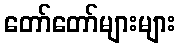
တော်တော်များများ